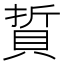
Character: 𫎘